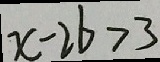
x - 2 b > 3